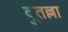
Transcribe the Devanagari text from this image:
दुतल्ला